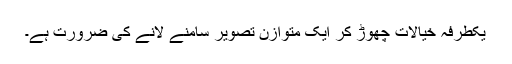
یکطرفہ خیالات چھوڑ کر ایک متوازن تصویر سامنے لانے کی ضرورت ہے۔